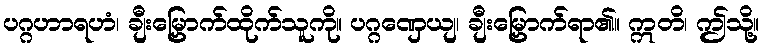
ပဂ္ဂဟာရဟံ၊ ချီးမြှောက်ထိုက်သူကို။ ပဂ္ဂဏှေယျ၊ ချီးမြှောက်ရာ၏။ ဣတိ၊ ဤသို့။